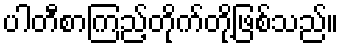
ပါတီစာကြည့်တိုက်တို့ဖြစ်သည်။